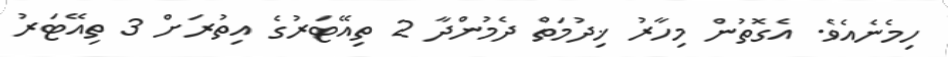
ހިމެނެއެވެ. އެގޮތުން މިހާރު ޚިދުމަތް ދެމުންދާ 2 ތިއޭޓަރުގެ އިތުރަށް 3 ތިއޭޓަރު